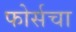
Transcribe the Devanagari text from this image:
फोर्सचा